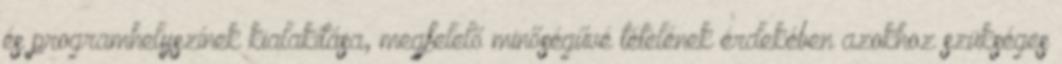
és programhelyszínek kialakítása, megfelelő minőségűvé tételének érdekében azokhoz szükséges